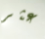
عثر